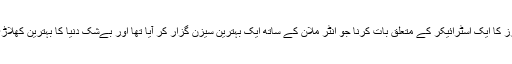
یعنی اتنے بہترین ڈیفینڈرز کا ایک اسٹرائیکر کے متعلق بات کرنا جو انٹر مِلان کے ساتھ ایک بہترین سیزن گزار کر آیا تھا اور بےشک دنیا کا بہترین کھلاڑی تھا،زرا حیران کن تھا۔